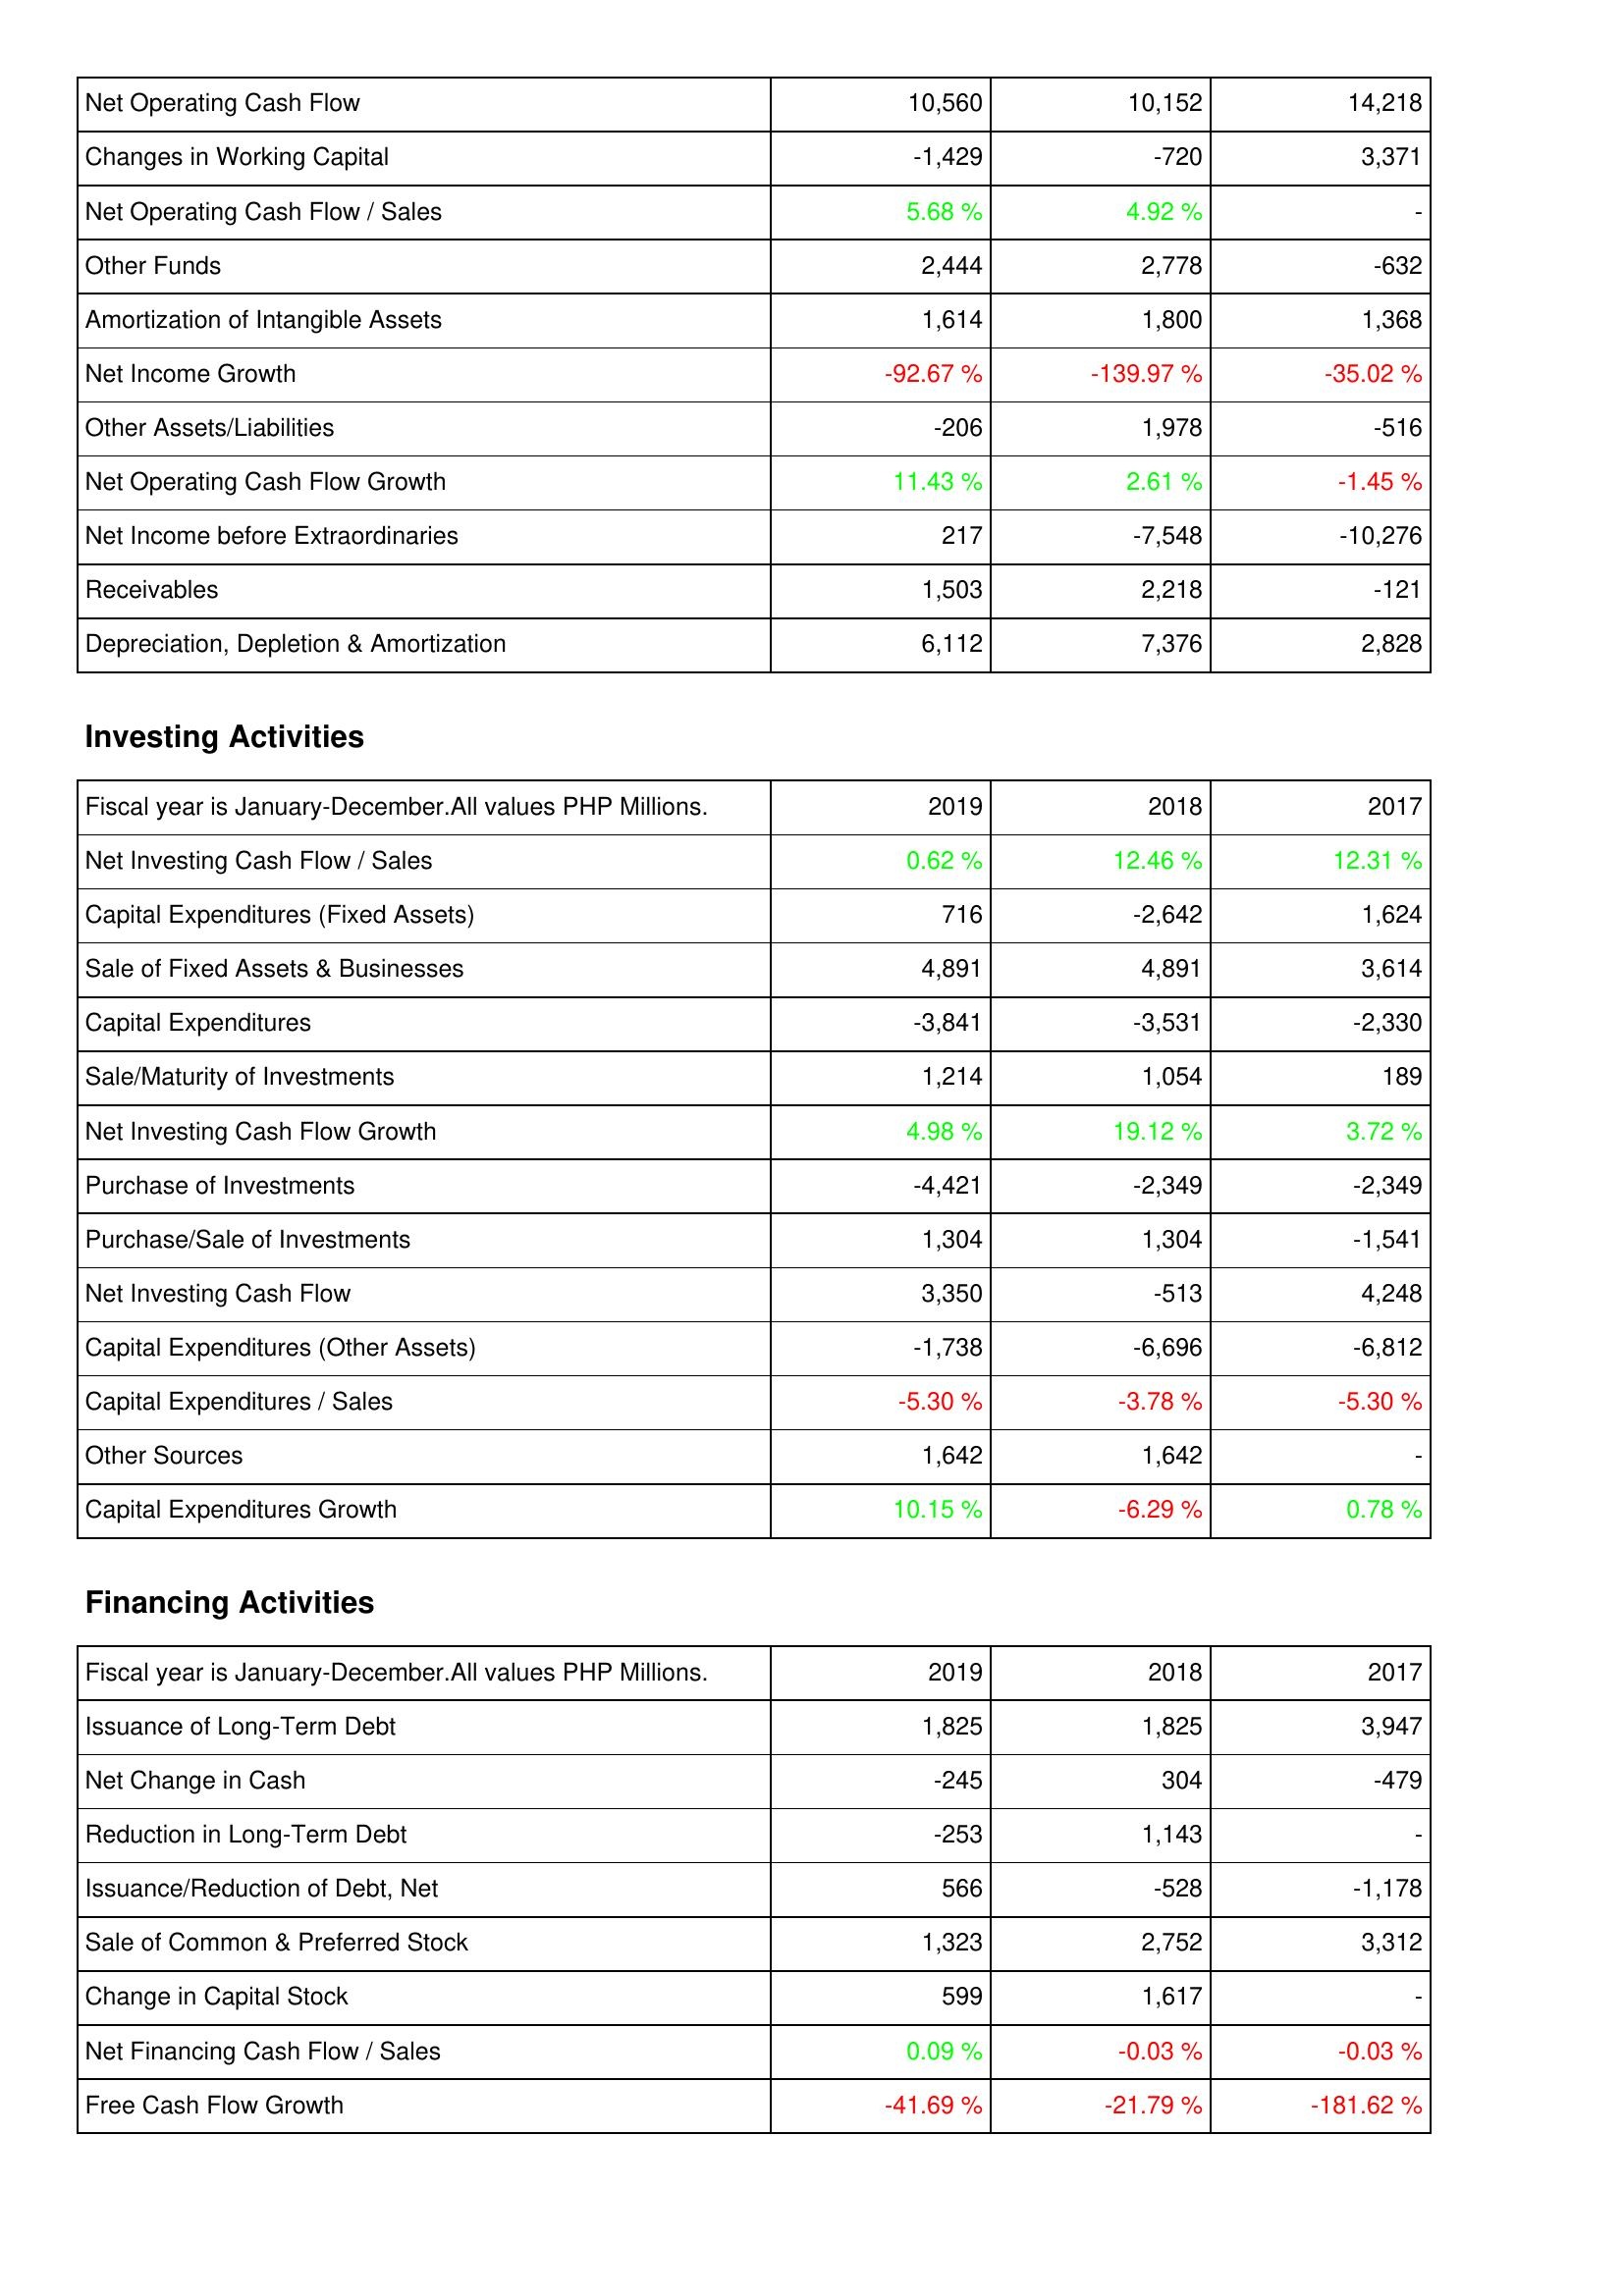
2019: Operating Activities: Net Operating Cash Flow: 10,560
Changes in Working Capital: -1,429
Net Operating Cash Flow / Sales: 5.68 %
Other Funds: 2,444
Amortization of Intangible Assets: 1,614
Net Income Growth: -92.67 %
Other Assets/Liabilities: -206
Net Operating Cash Flow Growth: 11.43 %
Net Income before Extraordinaries: 217
Receivables: 1,503
Depreciation, Depletion & Amortization: 6,112
Investing Activities: Net Investing Cash Flow / Sales: 0.62 %
Capital Expenditures (Fixed Assets): 716
Sale of Fixed Assets & Businesses: 4,891
Capital Expenditures: -3,841
Sale/Maturity of Investments: 1,214
Net Investing Cash Flow Growth: 4.98 %
Purchase of Investments: -4,421
Purchase/Sale of Investments: 1,304
Net Investing Cash Flow: 3,350
Capital Expenditures (Other Assets): -1,738
Capital Expenditures / Sales: -5.30 %
Other Sources: 1,642
Capital Expenditures Growth: 10.15 %
Financing Activities: Issuance of Long-Term Debt: 1,825
Net Change in Cash: -245
Reduction in Long-Term Debt: -253
Issuance/Reduction of Debt, Net: 566
Sale of Common & Preferred Stock: 1,323
Change in Capital Stock: 599
Net Financing Cash Flow / Sales: 0.09 %
Free Cash Flow Growth: -41.69 %
2018: Operating Activities: Net Operating Cash Flow: 10,152
Changes in Working Capital: -720
Net Operating Cash Flow / Sales: 4.92 %
Other Funds: 2,778
Amortization of Intangible Assets: 1,800
Net Income Growth: -139.97 %
Other Assets/Liabilities: 1,978
Net Operating Cash Flow Growth: 2.61 %
Net Income before Extraordinaries: -7,548
Receivables: 2,218
Depreciation, Depletion & Amortization: 7,376
Investing Activities: Net Investing Cash Flow / Sales: 12.46 %
Capital Expenditures (Fixed Assets): -2,642
Sale of Fixed Assets & Businesses: 4,891
Capital Expenditures: -3,531
Sale/Maturity of Investments: 1,054
Net Investing Cash Flow Growth: 19.12 %
Purchase of Investments: -2,349
Purchase/Sale of Investments: 1,304
Net Investing Cash Flow: -513
Capital Expenditures (Other Assets): -6,696
Capital Expenditures / Sales: -3.78 %
Other Sources: 1,642
Capital Expenditures Growth: -6.29 %
Financing Activities: Issuance of Long-Term Debt: 1,825
Net Change in Cash: 304
Reduction in Long-Term Debt: 1,143
Issuance/Reduction of Debt, Net: -528
Sale of Common & Preferred Stock: 2,752
Change in Capital Stock: 1,617
Net Financing Cash Flow / Sales: -0.03 %
Free Cash Flow Growth: -21.79 %
2017: Operating Activities: Net Operating Cash Flow: 14,218
Changes in Working Capital: 3,371
Net Operating Cash Flow / Sales: -
Other Funds: -632
Amortization of Intangible Assets: 1,368
Net Income Growth: -35.02 %
Other Assets/Liabilities: -516
Net Operating Cash Flow Growth: -1.45 %
Net Income before Extraordinaries: -10,276
Receivables: -121
Depreciation, Depletion & Amortization: 2,828
Investing Activities: Net Investing Cash Flow / Sales: 12.31 %
Capital Expenditures (Fixed Assets): 1,624
Sale of Fixed Assets & Businesses: 3,614
Capital Expenditures: -2,330
Sale/Maturity of Investments: 189
Net Investing Cash Flow Growth: 3.72 %
Purchase of Investments: -2,349
Purchase/Sale of Investments: -1,541
Net Investing Cash Flow: 4,248
Capital Expenditures (Other Assets): -6,812
Capital Expenditures / Sales: -5.30 %
Other Sources: -
Capital Expenditures Growth: 0.78 %
Financing Activities: Issuance of Long-Term Debt: 3,947
Net Change in Cash: -479
Reduction in Long-Term Debt: -
Issuance/Reduction of Debt, Net: -1,178
Sale of Common & Preferred Stock: 3,312
Change in Capital Stock: -
Net Financing Cash Flow / Sales: -0.03 %
Free Cash Flow Growth: -181.62 %